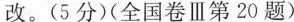
改。(5分)(全国卷Ⅲ第20题)